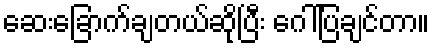
ဆေးခြောက်ချတယ်ဆိုပြီး ဂေါ်ပြချင်တာ။